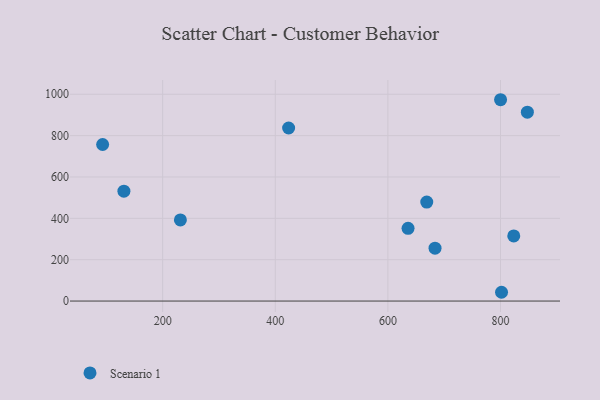
{"axis": {"x": "Distance", "y": "Exam Score"}, "legend": ["Scenario 1"], "data": [{"x": "801.8", "y": 42.5, "type": "Scenario 1"}, {"x": "683.7", "y": 255.9, "type": "Scenario 1"}, {"x": "800.1", "y": 973.5, "type": "Scenario 1"}, {"x": "423.7", "y": 836.8, "type": "Scenario 1"}, {"x": "669.0", "y": 478.6, "type": "Scenario 1"}, {"x": "131.2", "y": 531.3, "type": "Scenario 1"}, {"x": "231.5", "y": 392.4, "type": "Scenario 1"}, {"x": "635.8", "y": 351.7, "type": "Scenario 1"}, {"x": "93.4", "y": 756.9, "type": "Scenario 1"}, {"x": "823.5", "y": 315.2, "type": "Scenario 1"}, {"x": "847.7", "y": 913.1, "type": "Scenario 1"}]}